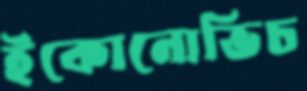
ইকোনোভিচ